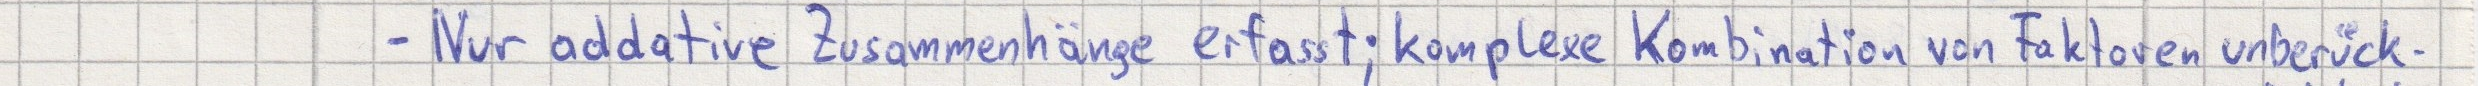
- Nur addative Zusammenhänge erfasst; komplexe Kombination von Faktoren unberück-